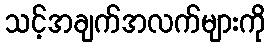
သင့်အချက်အလက်များကို